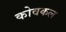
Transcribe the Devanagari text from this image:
कोवकल